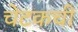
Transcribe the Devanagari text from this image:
चेटकची